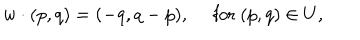
w \cdot ( p , q ) = ( - q , q - p ) , \quad \mathrm { ~ f o r ~ } ( p , q ) \in U ,